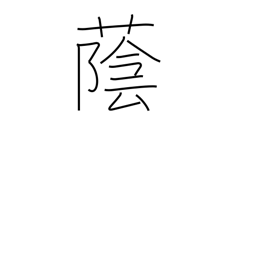
Meaning: shade